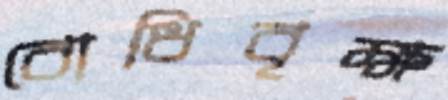
বোধিবৃক্ষ